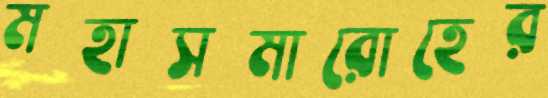
মহাসমারোহের